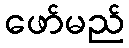
ဖော်မည်